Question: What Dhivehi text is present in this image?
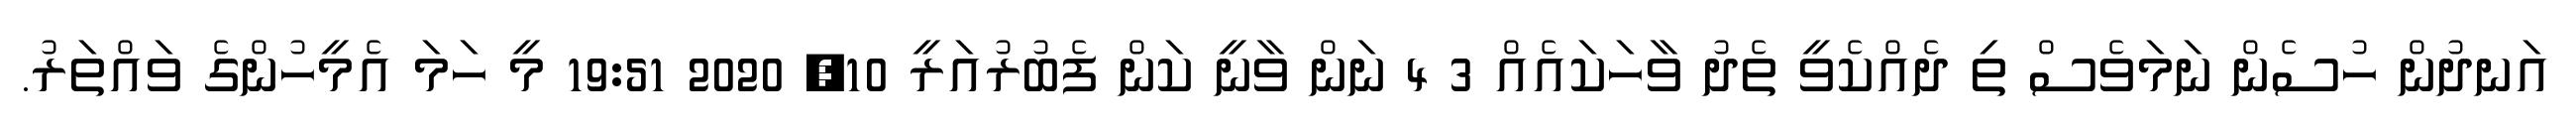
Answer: އަނދުން ހުސެން ނަމަވެސް ތި ދެއްކެވީ ތެދު ވާހަކައެއް 3 4 ނަން ވާނީ ކަން ފެބުރުއަރީ 10, 2020 19:51 މީ ހަމަ އެމީހުންގެ ވައްތަރު.